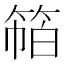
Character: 𰪁